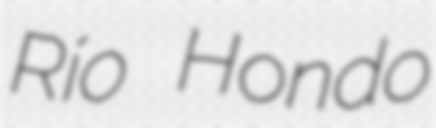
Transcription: Río Hondo